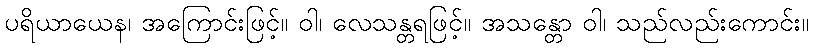
ပရိယာယေန၊ အကြောင်းဖြင့်။ ဝါ၊ လေသန္တရဖြင့်။ အသန္တော ဝါ၊ သည်လည်းကောင်း။